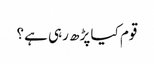
قوم کیا پڑھ رہی ہے؟